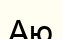
Аю